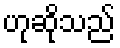
ဟုဆိုသည်